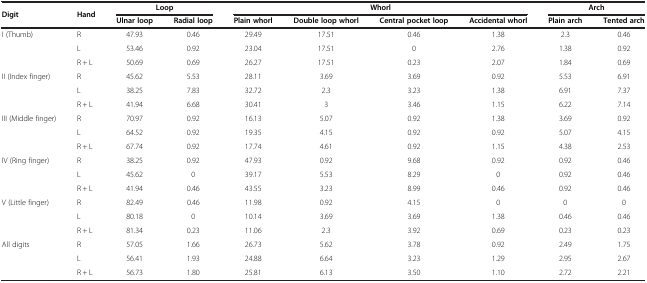
<table><thead><tr><td><b>Digit</b></td><td><b>Hand</b></td><td colspan="2"><b>Loop</b></td><td colspan="4"><b>Whorl</b></td><td colspan="2"><b>Arch</b></td></tr><tr><td><b> </b></td><td><b> </b></td><td><b>Ulnar loop</b></td><td><b>Radial loop</b></td><td><b>Plain whorl</b></td><td><b>Double loop whorl</b></td><td><b>Central pocket loop</b></td><td><b>Accidental whorl</b></td><td><b>Plain arch</b></td><td><b>Tented arch</b></td></tr></thead><tbody><tr><td>I (Thumb)</td><td>R</td><td>47.93</td><td>0.46</td><td>29.49</td><td>17.51</td><td>0.46</td><td>1.38</td><td>2.3</td><td>0.46</td></tr><tr><td> </td><td>L</td><td>53.46</td><td>0.92</td><td>23.04</td><td>17.51</td><td>0</td><td>2.76</td><td>1.38</td><td>0.92</td></tr><tr><td> </td><td>R + L</td><td>50.69</td><td>0.69</td><td>26.27</td><td>17.51</td><td>0.23</td><td>2.07</td><td>1.84</td><td>0.69</td></tr><tr><td>II (Index finger)</td><td>R</td><td>45.62</td><td>5.53</td><td>28.11</td><td>3.69</td><td>3.69</td><td>0.92</td><td>5.53</td><td>6.91</td></tr><tr><td> </td><td>L</td><td>38.25</td><td>7.83</td><td>32.72</td><td>2.3</td><td>3.23</td><td>1.38</td><td>6.91</td><td>7.37</td></tr><tr><td> </td><td>R + L</td><td>41.94</td><td>6.68</td><td>30.41</td><td>3</td><td>3.46</td><td>1.15</td><td>6.22</td><td>7.14</td></tr><tr><td>III (Middle finger)</td><td>R</td><td>70.97</td><td>0.92</td><td>16.13</td><td>5.07</td><td>0.92</td><td>1.38</td><td>3.69</td><td>0.92</td></tr><tr><td> </td><td>L</td><td>64.52</td><td>0.92</td><td>19.35</td><td>4.15</td><td>0.92</td><td>0.92</td><td>5.07</td><td>4.15</td></tr><tr><td> </td><td>R + L</td><td>67.74</td><td>0.92</td><td>17.74</td><td>4.61</td><td>0.92</td><td>1.15</td><td>4.38</td><td>2.53</td></tr><tr><td>IV (Ring finger)</td><td>R</td><td>38.25</td><td>0.92</td><td>47.93</td><td>0.92</td><td>9.68</td><td>0.92</td><td>0.92</td><td>0.46</td></tr><tr><td> </td><td>L</td><td>45.62</td><td>0</td><td>39.17</td><td>5.53</td><td>8.29</td><td>0</td><td>0.92</td><td>0.46</td></tr><tr><td> </td><td>R + L</td><td>41.94</td><td>0.46</td><td>43.55</td><td>3.23</td><td>8.99</td><td>0.46</td><td>0.92</td><td>0.46</td></tr><tr><td>V (Little finger)</td><td>R</td><td>82.49</td><td>0.46</td><td>11.98</td><td>0.92</td><td>4.15</td><td>0</td><td>0</td><td>0</td></tr><tr><td> </td><td>L</td><td>80.18</td><td>0</td><td>10.14</td><td>3.69</td><td>3.69</td><td>1.38</td><td>0.46</td><td>0.46</td></tr><tr><td> </td><td>R + L</td><td>81.34</td><td>0.23</td><td>11.06</td><td>2.3</td><td>3.92</td><td>0.69</td><td>0.23</td><td>0.23</td></tr><tr><td>All digits</td><td>R</td><td>57.05</td><td>1.66</td><td>26.73</td><td>5.62</td><td>3.78</td><td>0.92</td><td>2.49</td><td>1.75</td></tr><tr><td> </td><td>L</td><td>56.41</td><td>1.93</td><td>24.88</td><td>6.64</td><td>3.23</td><td>1.29</td><td>2.95</td><td>2.67</td></tr><tr><td> </td><td>R + L</td><td>56.73</td><td>1.80</td><td>25.81</td><td>6.13</td><td>3.50</td><td>1.10</td><td>2.72</td><td>2.21</td></tr></tbody></table>